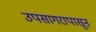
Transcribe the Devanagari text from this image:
उपसागरापासून